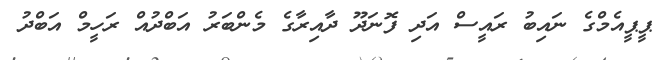
ޕީޕީއެމްގެ ނައިބު ރައީސް އަދި ފޮނަދޫ ދާއިރާގެ މެންބަރު އަބްދުއް ރަހީމް އަބްދު